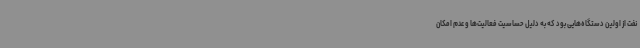
نفت از اولین دستگاه‌هایی بود که به دلیل حساسیت فعالیت‌ها و عدم امکان